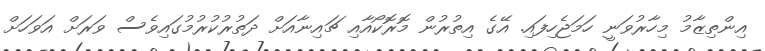
އިންތިޒާމު މިހާރުވަނީ ހަމަޖެހިފައި. އޭގެ އިތުރުން މޮރޮކޯއާއި ޗައިނާއަށް ދަތުރުކުރުމުގައިވެސް ވަރަށް އަވަހަށް